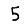
Digit: 5